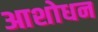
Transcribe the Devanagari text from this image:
आशोधन